Mental hospitals Bombay report 1921-28 - 1921-1928
Year: 1921
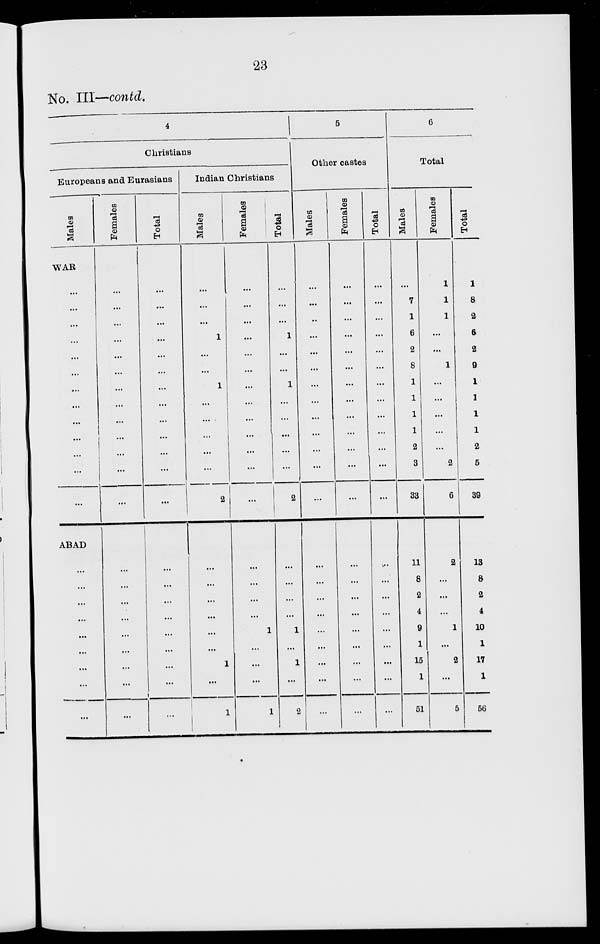
23
No. III—contd.
4
Christians
Europeans and Eurasians
Males
WAR
...
...
...
...
...
...
...
...
...
...
...
...
...
ABAD
...
...
...
...
...
...
...
...
...
Females
...
...
...
...
...
...
...
...
...
...
...
...
...
...
...
...
...
...
...
...
...
...
Total
...
...
...
...
...
...
...
...
...
...
...
...
...
...
...
...
...
...
...
...
...
...
Indian Christians
Males
...
...
...
1
...
...
1
...
...
...
...
...
2
...
...
...
...
...
...
1
...
1
Fe ma l
e s
...
...
...
...
...
...
...
...
...
...
...
...
...
...
...
...
...
1
...
...
...
1
Tot al
...
...
...
1
...
...
1
...
...
...
...
...
2
...
...
...
...
1
...
1
...
2
5
Other castes
Males
...
...
...
...
...
...
...
...
...
...
...
...
...
...
...
...
...
...
...
...
...
...
Females
...
...
...
...
...
...
...
...
...
...
...
...
...
...
...
...
...
...
...
...
...
...
Total
...
...
...
...
...
...
...
...
...
...
...
...
...
...
...
...
...
...
...
...
...
...
6
Total
Males
...
7
1
6
2
8
1
1
1
1
2
3
33
11
8
2
4
9
1
15
1
51
Females
1
1
1
...
...
1
...
...
...
...
...
2
6
2
...
...
...
1
...
2
...
5
Total
1
8
2
6
2
9
1
1
1
1
2
5
39
13
8
2
4
10
1
17
1
56